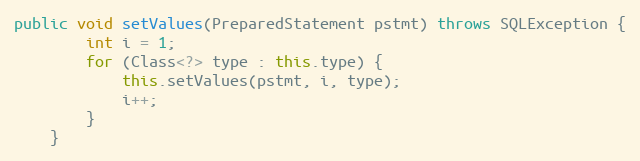
Language: Java
public void setValues(PreparedStatement pstmt) throws SQLException {
		int i = 1;
		for (Class<?> type : this.type) {
			this.setValues(pstmt, i, type);
			i++;
		}
	}